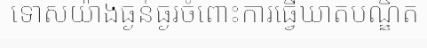
ទោសយ៉ាងធ្ងន់ធ្ងរចំពោះការធ្វើឃាតបណ្ឌិត